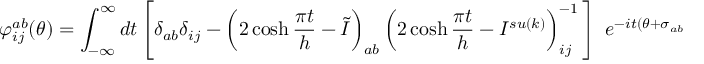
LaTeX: \varphi _ { i j } ^ { a b } ( \theta ) = \int _ { - \infty } ^ { \infty } d t \left[ \delta _ { a b } \delta _ { i j } - \left( 2 \cosh \frac { \pi t } { h } - \tilde { I } \right) _ { a b } \left( 2 \cosh \frac { \pi t } { h } - I ^ { s u ( k ) } \right) _ { i j } ^ { - 1 } \, \right] \, \, e ^ { - i t ( \theta + \sigma _ { a b } ) } \; ,